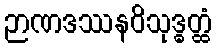
ဉာဏဒဿနဝိသုဒ္ဓတ္ထံ